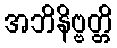
အဘိနိဗ္ဗတ္တိ